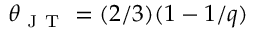
\theta _ { \mathrm { ~ J ~ T ~ } } = ( 2 / 3 ) ( 1 - 1 / q )